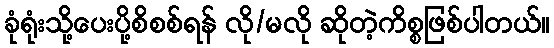
ခုံရုံးသို့ပေးပို့စိစစ်ရန် လို/မလို ဆိုတဲ့ကိစ္စဖြစ်ပါတယ်။